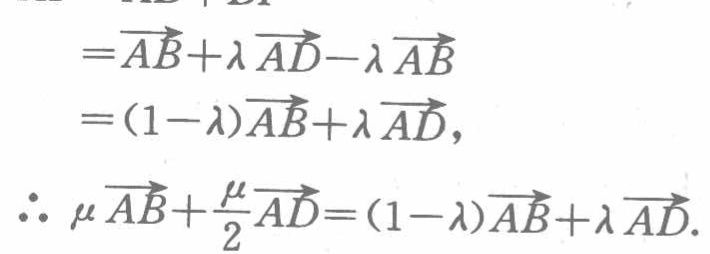
\[
\begin{align*}
&=\overrightarrow{AB}+\lambda\overrightarrow{AD}-\lambda\overrightarrow{AB}\\
&=(1 - \lambda)\overrightarrow{AB}+\lambda\overrightarrow{AD},\\
\therefore\ &\mu\overrightarrow{AB}+\frac{\mu}{2}\overrightarrow{AD}=(1 - \lambda)\overrightarrow{AB}+\lambda\overrightarrow{AD}.
\end{align*}
\]